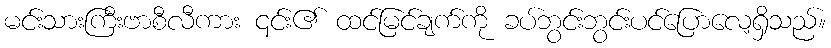
မင်းသားကြီးဗာစီလီကား ၎င်း၏ ထင်မြင်ချက်ကို ခပ်ဘွင်းဘွင်းပင်ပြောလေ့ရှိသည်။